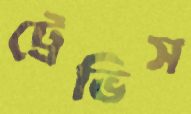
ট্রেভিস